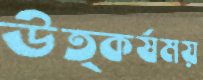
উত্কর্ষময়